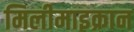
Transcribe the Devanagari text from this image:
मिलीमाइक्रान